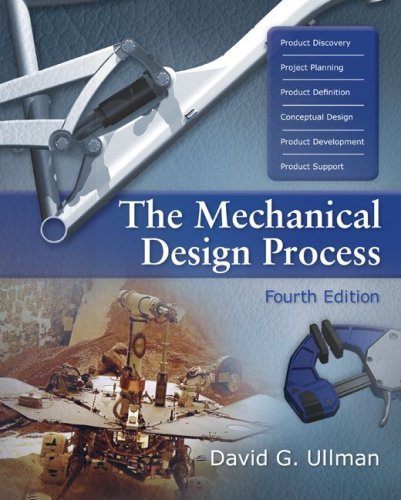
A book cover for By David Ullman: The Mechanical Design Process (Mcgraw-Hill Series in Mechanical Engineering) Fourth (4th) Edition; -McGraw-Hill Science/Engineering/Math-; Engineering & Transportation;